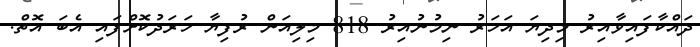
ދައްކާފައިވާއިރު މިދިޔަ އަހަރު ނިމުނުއިރު 818 މިލިއަން ރުފިޔާ ހަރަދުކޮށްފައި އެބަ އޮތް.